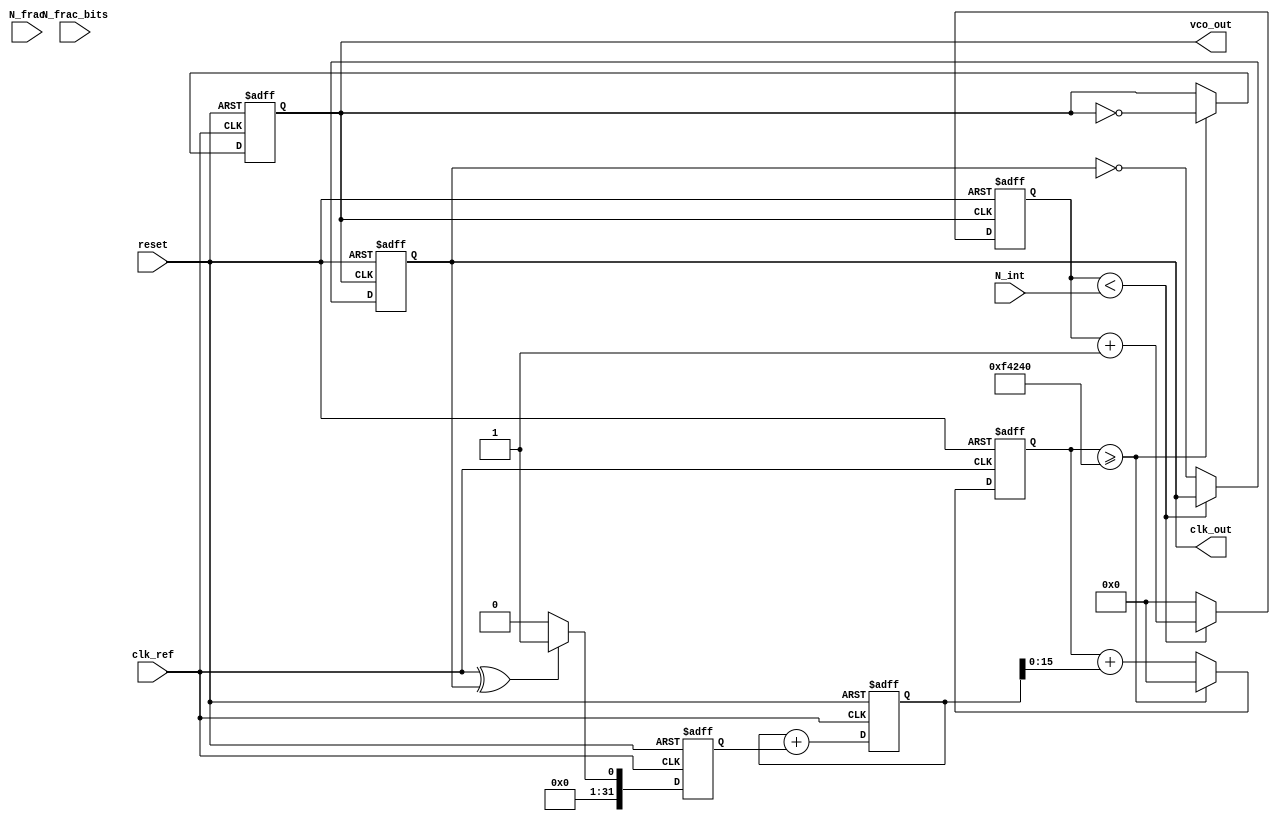
module fractional_n_pll (
    input wire clk_ref,          // Reference clock input
    input wire reset,           // Reset signal
    output reg clk_out,         // Output clock
    output reg vco_out,         // VCO output
    input wire [15:0] N_int,    // Integer division ratio
    input wire [15:0] N_frac,   // Fractional division ratio
    input wire [15:0] N_frac_bits // Number of bits for fractional part
);

    // Internal signals
    reg [31:0] phase_error;     // Phase error signal
    reg [31:0] control_voltage;  // Control voltage for VCO
    reg [31:0] vco_count;        // VCO counter
    reg [31:0] divider_count;    // Frequency divider counter
    reg [31:0] frac_counter;     // Fractional counter
    reg [31:0] frac_divider;     // Fractional divider

    // Phase Detector (PFD)
    always @(posedge clk_ref or posedge reset) begin
        if (reset) begin
            phase_error <= 0;
        end else begin
            // Example phase detection logic (XOR)
            phase_error <= (clk_ref ^ clk_out) ? 1 : 0; // Simple phase error
        end
    end

    // Loop Filter (simple integrator)
    always @(posedge clk_ref or posedge reset) begin
        if (reset) begin
            control_voltage <= 0;
        end else begin
            control_voltage <= control_voltage + phase_error; // Integrate error
        end
    end

    // Voltage-Controlled Oscillator (VCO)
    always @(posedge clk_ref or posedge reset) begin
        if (reset) begin
            vco_count <= 0;
            vco_out <= 0;
        end else begin
            // Control VCO frequency based on control voltage
            vco_count <= vco_count + control_voltage[15:0]; // Example scaling
            if (vco_count >= 1000000) begin // Example threshold for VCO toggle
                vco_out <= ~vco_out;
                vco_count <= 0;
            end
        end
    end

    // Frequency Divider with Fractional Control
    always @(posedge vco_out or posedge reset) begin
        if (reset) begin
            divider_count <= 0;
            frac_counter <= 0;
            clk_out <= 0;
        end else begin
            // Integer division
            if (divider_count < N_int) begin
                divider_count <= divider_count + 1;
            end else begin
                divider_count <= 0;
                clk_out <= ~clk_out; // Toggle output clock
                // Handle fractional division
                frac_counter <= frac_counter + 1;
                if (frac_counter >= N_frac) begin
                    frac_counter <= 0;
                    clk_out <= ~clk_out; // Additional toggle for fractional part
                end
            end
        end
    end

endmodule